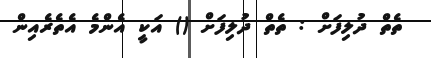
ތެތް ދުލިފަށް : ތެތް ދުލިފަށް () އަކީ އެންމެ އެތެރެއިން